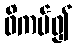
ဖိကပ်၍